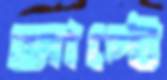
জাপ্টে